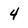
Character: 4